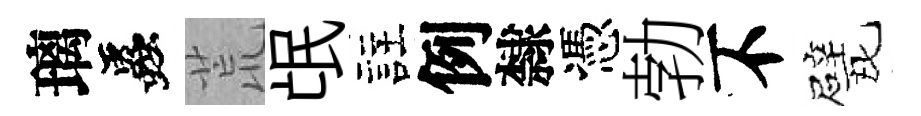
璃蟲荒氓註例隸憑勃不戏